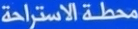
محطة الاستراحة